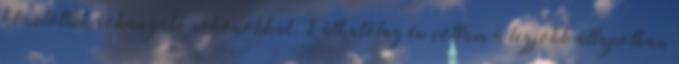
körülöttük rohangáló rokonokkal. Láthatólag én voltam a legjobb állapotban